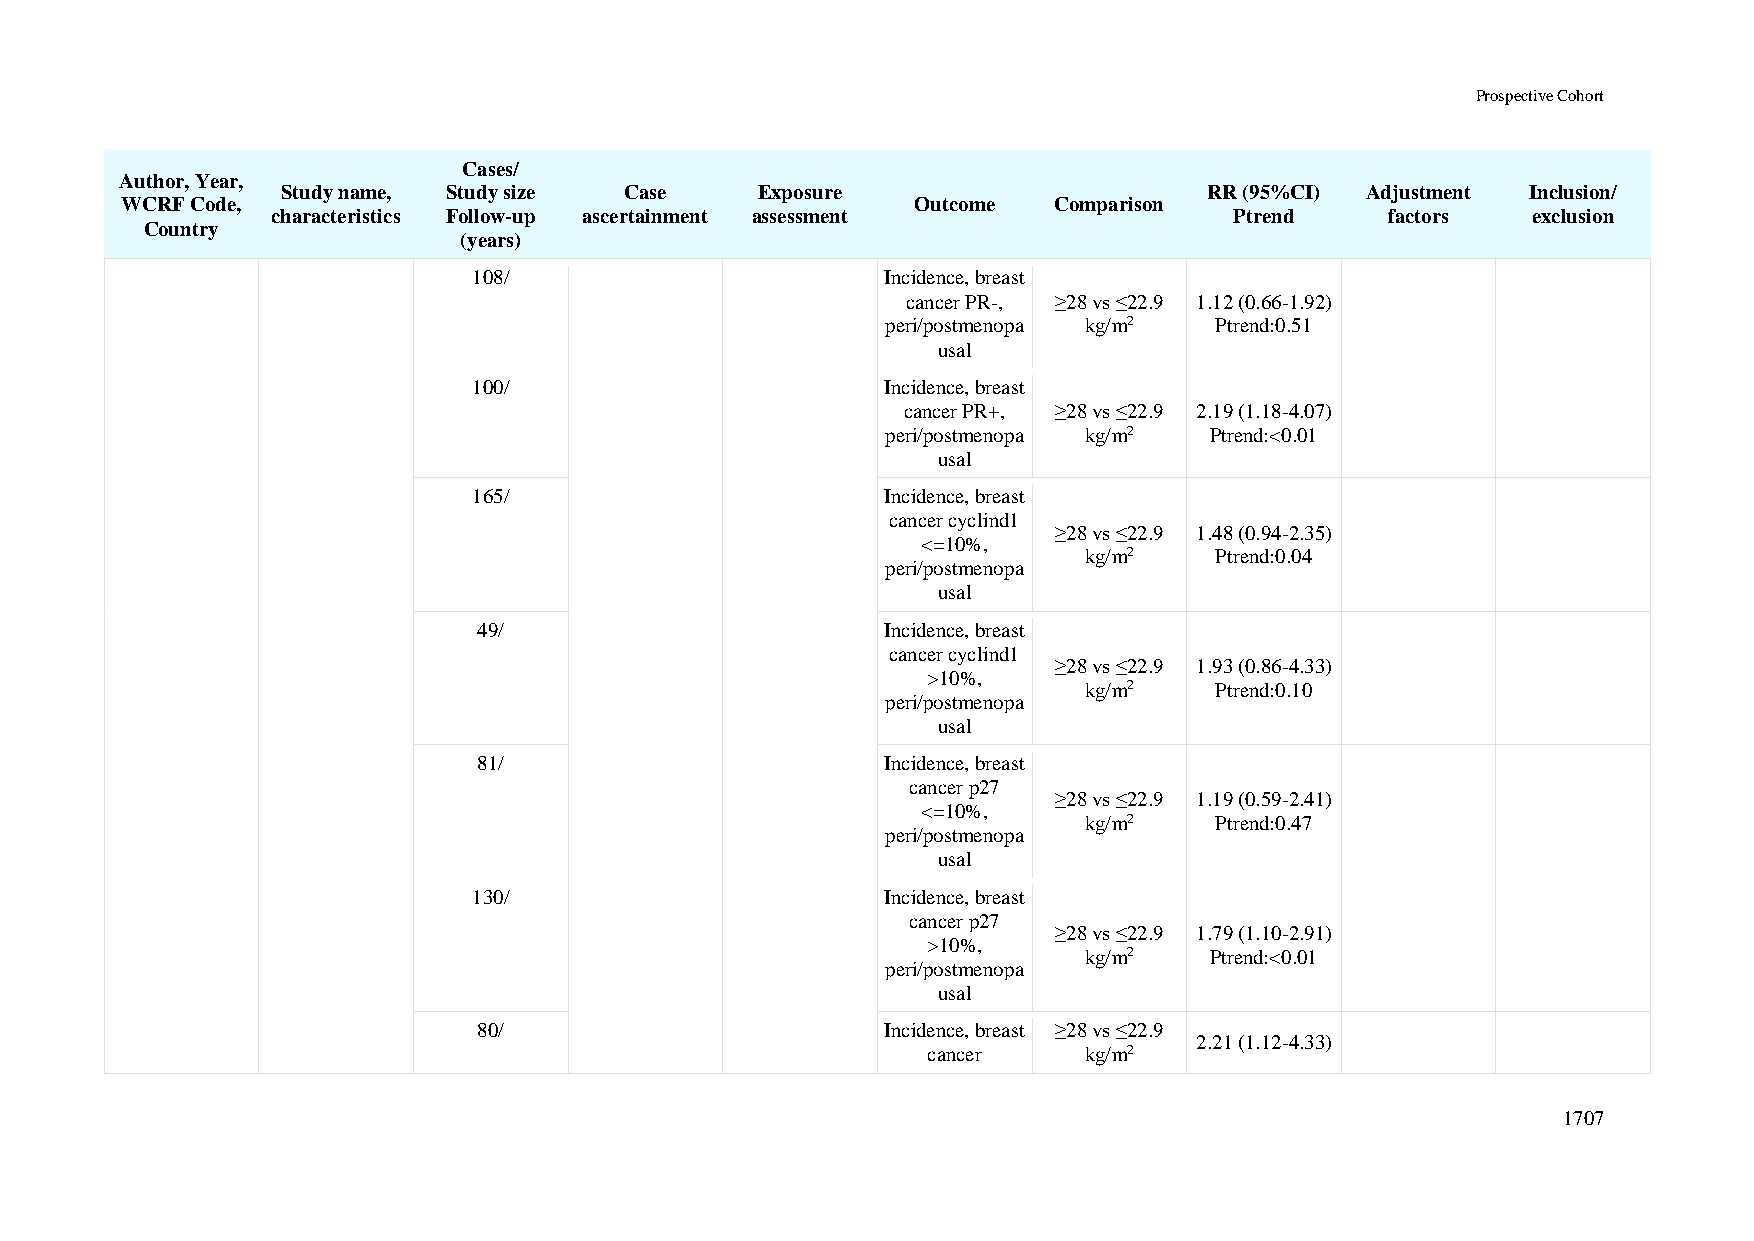
Prospective Cohort
 Cases/
 Author, Year,
 Study name, Study size Case    Exposure                      RR (95%CI) Adjustment Inclusion/
 WCRF Code,                                           Outcome  Comparison
 characteristics Follow-up ascertainment assessment              Ptrend    factors  exclusion
 Country
 (years)
 108/                        Incidence, breast
 cancer PR-, ≥28 vs ≤22.9 1.12 (0.66-1.92)
 peri/postmenopa kg/m2 Ptrend:0.51
 usal
 100/                        Incidence, breast
 cancer PR+, ≥28 vs ≤22.9 2.19 (1.18-4.07)
 peri/postmenopa kg/m2 Ptrend:<0.01
 usal
 165/                        Incidence, breast
 cancer cyclind1
 ≥28 vs ≤22.9 1.48 (0.94-2.35)
 <=10%,
 kg/m2   Ptrend:0.04
 peri/postmenopa
 usal
 49/                        Incidence, breast
 cancer cyclind1
 ≥28 vs ≤22.9 1.93 (0.86-4.33)
 >10%,
 kg/m2   Ptrend:0.10
 peri/postmenopa
 usal
 81/                        Incidence, breast
 cancer p27
 ≥28 vs ≤22.9 1.19 (0.59-2.41)
 <=10%,
 kg/m2   Ptrend:0.47
 peri/postmenopa
 usal
 130/                        Incidence, breast
 cancer p27
 ≥28 vs ≤22.9 1.79 (1.10-2.91)
 >10%,
 kg/m2   Ptrend:<0.01
 peri/postmenopa
 usal
 80/                        Incidence, breast ≥28 vs ≤22.9
 2.21 (1.12-4.33)
 cancer     kg/m2
 1707